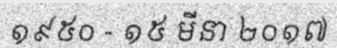
១៩៥០ - ១៥ មីនា ២០១៧